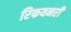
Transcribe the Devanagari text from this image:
रिफयनरी